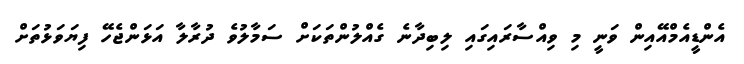
އެންޑީއެމްއޭއިން ވަނީ މި ވިއްސާރައިގައި ލިބިދާނެ ގެއްލުންތަކަށް ސަމާލުވެ ދުރާލާ އަޅަންޖެހޭ ފިޔަވަޅުތަށް